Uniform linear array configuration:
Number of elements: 8
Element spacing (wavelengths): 0.5
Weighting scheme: hamming
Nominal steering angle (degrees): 0
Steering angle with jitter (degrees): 0.3631
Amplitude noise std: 0.05
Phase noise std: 0.05

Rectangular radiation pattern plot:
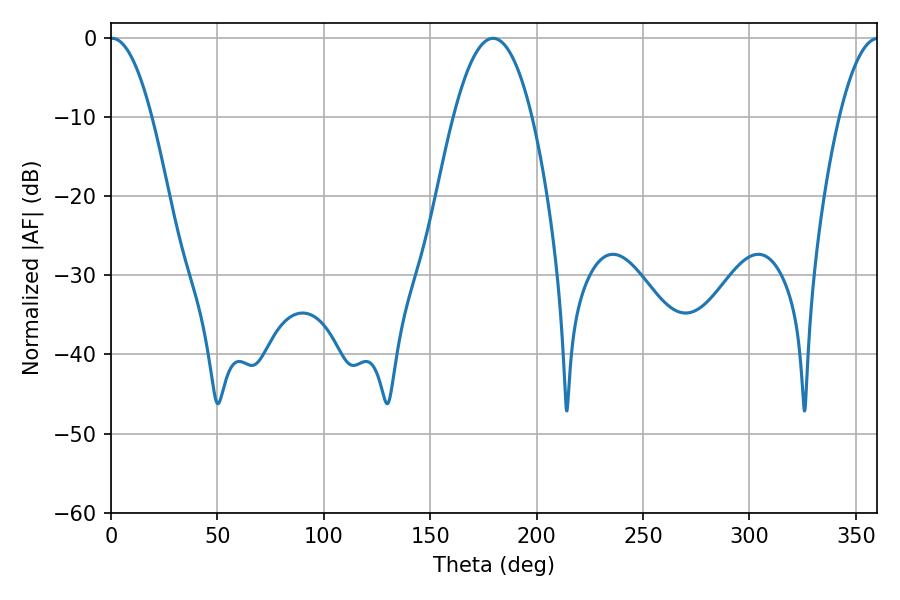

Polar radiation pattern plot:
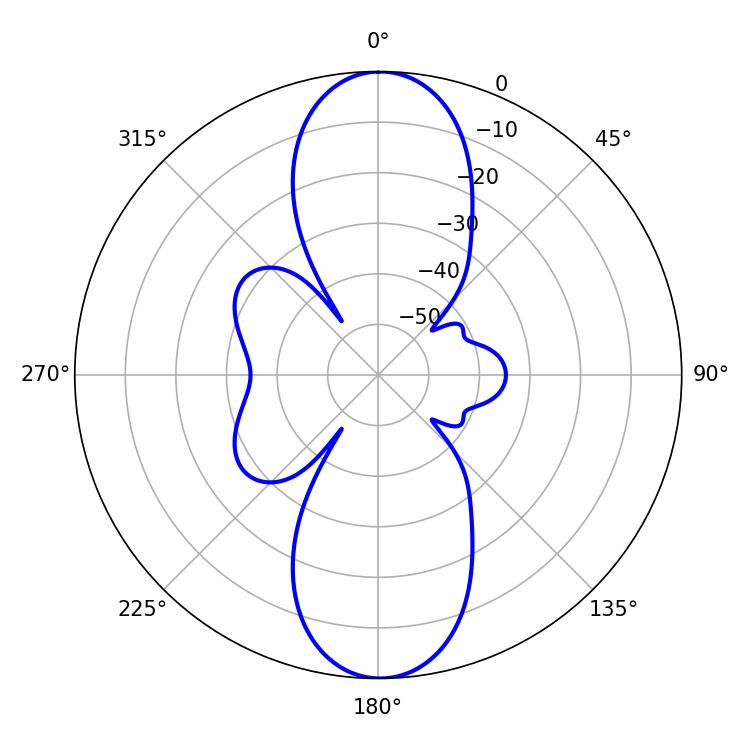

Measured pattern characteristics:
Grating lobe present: FALSE
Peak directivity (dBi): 24.362
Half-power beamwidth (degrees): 10.62
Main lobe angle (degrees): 0.54